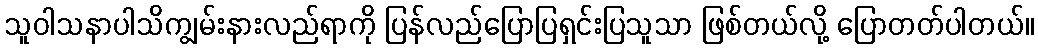
သူဝါသနာပါသိကျွမ်းနားလည်ရာကို ပြန်လည်ပြောပြရှင်းပြသူသာ ဖြစ်တယ်လို့ ပြောတတ်ပါတယ်။